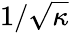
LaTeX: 1/{\sqrt{\kappa}}